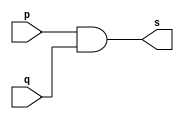
// ------------------------- 
// Exemplo0003 - AND 
// Nome: Filipe Viana de Miranda 
// ------------------------- 
// ------------------------- 
// -- and gate 
// ------------------------- 
module andgate ( output s, input p,input q); 
assign s = p&q ; 
endmodule // andgate 
// --------------------- 
// -- test and gate 
// --------------------- 
module testandgate; 
// ------------------------- dados locais 
reg a, b; // definir registradores 
wire s; // definir conexao (fio) 
// ------------------------- instancia 
andgate AND1 (s, a, b); 
// ------------------------- preparacao 
initial begin:start 
// atribuicao simultanea 
// dos valores iniciais 
a=0; b=0; 
end 
// ------------------------- parte principal 
initial begin 
$display("Exemplo0003 - Filipe Viana de Miranda - 446415"); 
$display("Test AND gate"); 
$display("\na & b = s\n"); 
a=0; b=0; 
#1 $display("%b & %b = %b", a, b, s); 
a=0; b=1; 
#1 $display("%b & %b = %b", a, b, s); 
a=1; b=0; 
#1 $display("%b & %b = %b", a, b, s); 
a=1; b=1; 
#1 $display("%b & %b = %b", a, b, s); 
end 
endmodule // testnandgate